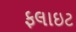
ફલાઇટ